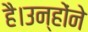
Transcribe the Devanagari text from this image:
है।उन्होंने